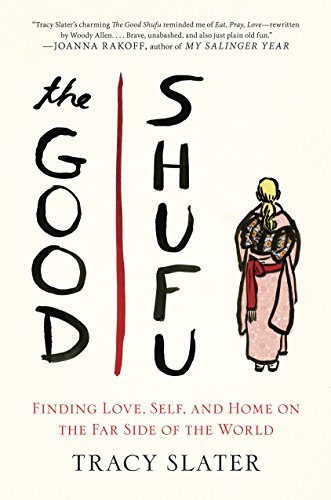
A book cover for The Good Shufu: Finding Love, Self, and Home on the Far Side of the World; Tracy Slater; Biographies & Memoirs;